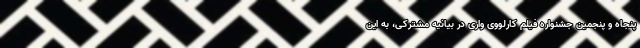
پنجاه و پنجمین جشنواره فیلم کارلووی واری در بیانیه مشترکی، به این